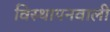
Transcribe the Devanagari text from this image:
विस्थापनवाली